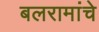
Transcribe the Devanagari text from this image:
बलरामांचे